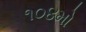
૧૦૪મો